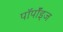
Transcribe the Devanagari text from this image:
पॉर्पॉइज